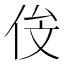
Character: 𬾄